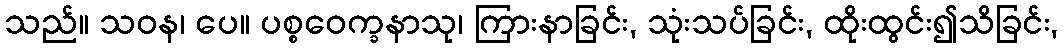
သည်။ သဝန၊ ပေ။ ပစ္စဝေက္ခနာသု၊ ကြားနာခြင်း, သုံးသပ်ခြင်း, ထိုးထွင်း၍သိခြင်း,